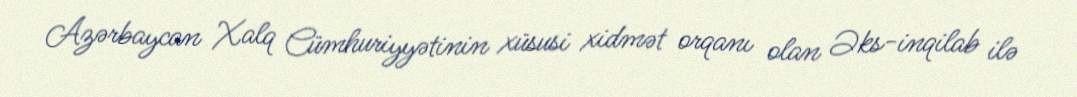
Azərbaycan Xalq Cümhuriyyətinin xüsusi xidmət orqanı olan Əks-inqilab ilə